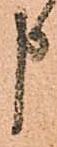
申